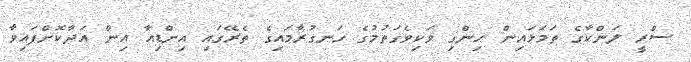
ސްރީ ލަންކާގެ ތަމަޅައިން ހިންގި ވަކިވެގަތުމުގެ ހަނގުރާމައިގެ ތެރޭގައި އިންޑިއާ އިން އަދާކޮށްފައިވާ